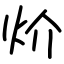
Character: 炌